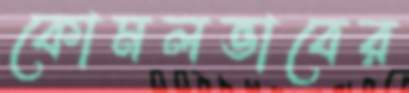
কোমলভাবের